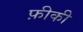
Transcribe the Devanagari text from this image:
फ़ीकी